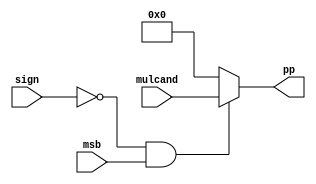
module Booth_MSB(
	input [31:0] mulcand,
	input msb,
	input sign,

	output [31:0] pp
);

	assign pp = ((sign == 0)&&(msb == 1))? mulcand : 32'b0;
    
endmodule